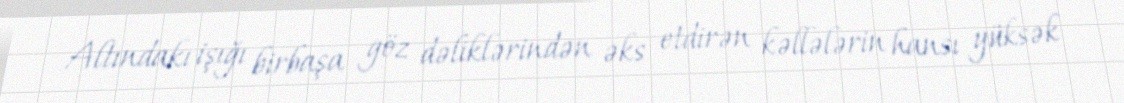
Altındakı işığı birbaşa göz dəliklərindən əks etdirən kəllələrin hansı yüksək